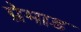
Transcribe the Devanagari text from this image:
प्रेमाड